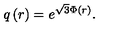
q \left( r \right) = e ^ { \sqrt { 3 } \Phi \left( r \right) } .